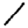
Digit: 1